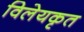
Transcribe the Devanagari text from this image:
विलेयकृत